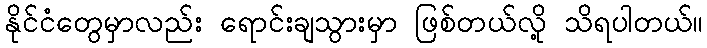
နိုင်ငံတွေမှာလည်း ရောင်းချသွားမှာ ဖြစ်တယ်လို့ သိရပါတယ်။